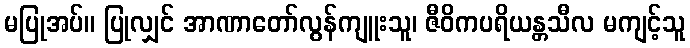
မပြုအပ်။ ပြုလျှင် အာဏာတော်လွန်ကျူးသူ၊ ဇီဝိကပရိယန္တသီလ မကျင့်သူ